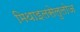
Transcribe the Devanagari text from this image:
मिथाइलसेलुलोज